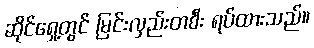
ဆိုင်ရှေ့တွင် မြင်းလှည်းတစီး ရပ်ထားသည်။